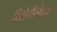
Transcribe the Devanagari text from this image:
विरोधीलंकार